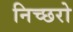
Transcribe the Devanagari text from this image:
निच्छरो